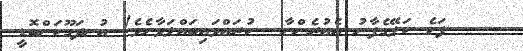
ފަހެ ކަލޭގެފާނު އެއުރެންނާ  ކުރައްވައިބައްލަވާށެވެ! އުނދަގޫކަންބޮޑީ